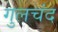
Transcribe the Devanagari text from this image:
गुलचंद